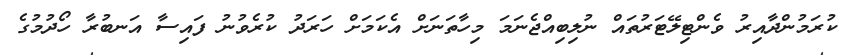
ކުރަމުންދާއިރު ވެންޓިލޭޓަރުތައް ނުލިބިއްޖެނަމަ މިހާތަނަށް އެކަމަށް ހަރަދު ކުރެވުނު ފައިސާ އަނބުރާ ހޯދުމުގެ